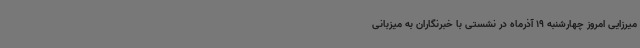
میرزایی امروز چهارشنبه 19 آذرماه در نشستی با خبرنگاران به میزبانی